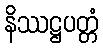
နိဿဋ္ဌပတ္တံ